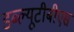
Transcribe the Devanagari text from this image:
डब्ल्यूटीबीएस